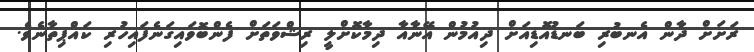
ރަށަށް ދާން އެނބުރި ބަނޑުއޮޑިއަށް ދިއުމުން އޭނާއާ ދިމާކޮށްލީ ރިޝްވަތަށް ފެންބޮވައިގަނެފައިހުރި ކައްޕިތާނެވެ.